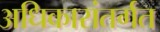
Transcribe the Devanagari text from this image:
अधिकारांतर्गत